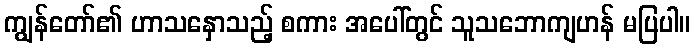
ကျွန်တော်၏ ဟာသနှောသည့် စကား အပေါ်တွင် သူသဘောကျဟန် မပြပါ။